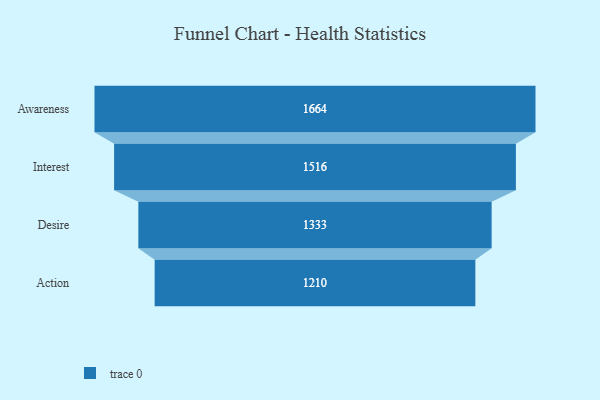
{"axis": {"x": "Stage", "y": "Value"}, "legend": [""], "data": [{"x": "Awareness", "y": 1664.0, "type": ""}, {"x": "Interest", "y": 1516.0, "type": ""}, {"x": "Desire", "y": 1333.0, "type": ""}, {"x": "Action", "y": 1210.0, "type": ""}]}